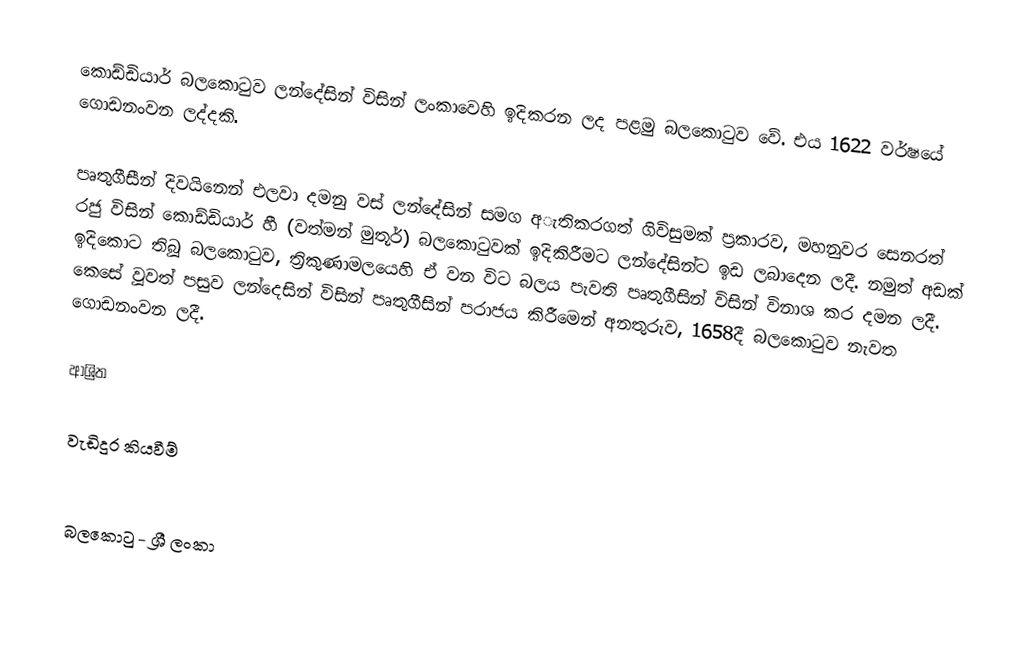
කොඩ්ඩියාර් බලකොටුව ලන්දේසින් විසින් ලංකාවෙහි ඉදිකරන ලද පළමු බලකොටුව වේ. එය 1622 වර්ෂයේ ගොඩනංවන ලද්දකි.

පෘතුගීසීන් දිවයිනෙන් එලවා දමනු වස් ලන්දේසින් සමග අැතිකරගත් ගිවිසුමක් ප්‍රකාරව, මහනුවර සෙනරත් රජු විසින් කොඩ්ඩියාර් හී (වත්මන් මුතූර්) බලකොටුවක් ඉදිකිරීමට ලන්දේසින්ට ඉඩ ලබාදෙන ලදී. නමුත් අඩක් ඉදිකොට තිබූ බලකොටුව, ත්‍රිකුණාමලයෙහි ඒ වන විට බලය පැවති පෘතුගීසින් විසින් විනාශ කර දමන ලදී. කෙසේ වූවත් පසුව ලන්දෙසින් විසින් පෘතුගීසින් පරාජය කිරීමෙන් අනතුරුව, 1658දී බලකොටුව නැවත ගොඩනංවන ලදී.

ආශ්‍රිත

වැඩිදුර කියවීම්

බලකොටු - ශ්‍රී ලංකා